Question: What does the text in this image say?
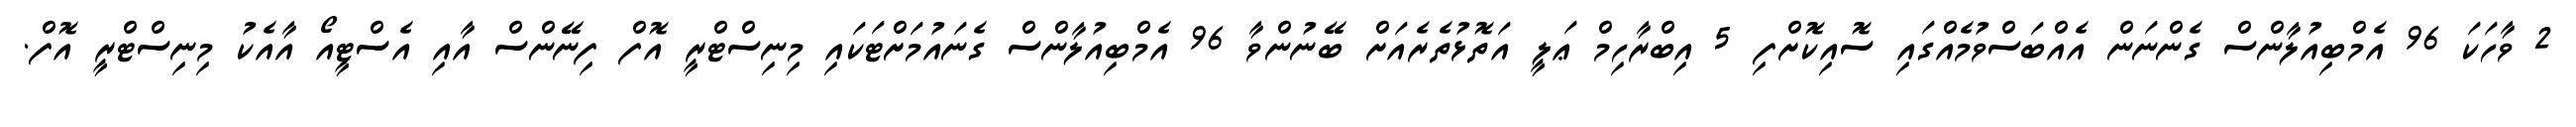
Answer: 2 ވާހަކަ 96 އެމްބިއުލާންސް ގެންނަން އެއްބަސްވުމެއްގައި ސޮއިކޮށްފި 5 އިބްރާހިމް ޢަލީ އަތޮޅުތެރެއަށް ބޭނުންވާ 96 އެމްބިއުލާންސް ގެނައުމަށްޓަކައި މިނިސްޓްރީ އޮފް ފިނޭންސް އާއި އެސްޓީއޯ އާއެކު މިނިސްޓްރީ އޮފް.